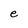
Character: e